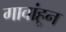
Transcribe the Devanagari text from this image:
गावांहून